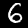
Digit: 6